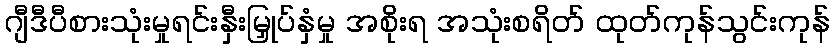
ဂျီဒီပီစားသုံးမှုရင်းနှီးမြှုပ်နှံမှု အစိုးရ အသုံးစရိတ် ထုတ်ကုန်သွင်းကုန်